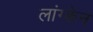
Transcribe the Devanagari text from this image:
लांग्केन